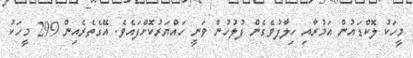
މީހަކު ލޮކްޑައުން އަމުރާއި ހިލާފުވެގެން ފުލުހުން ވަނީ ހައްޔަރުކޮށްފައެވެ. އޭގެތެރެއިން 299 މީހަކު